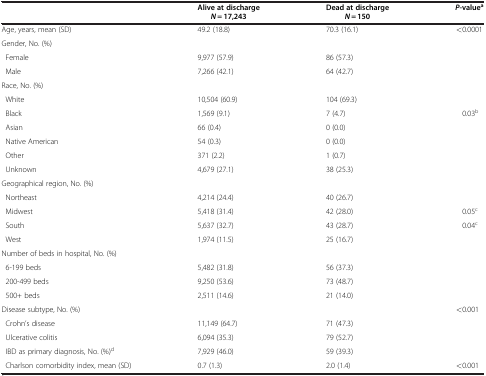
|  | Alive at discharge N  = 17,243 | Dead at discharge N  = 150 | P -valuea |
 | --- | --- | --- | --- |
 | Age, years, mean (SD) | 49.2 (18.8) | 70.3 (16.1) | <0.0001 |
 | <COLSPAN=4> Gender, No. (%) |
 | Female | 9,977 (57.9) | 86 (57.3) |  |
 | Male | 7,266 (42.1) | 64 (42.7) |  |
 | <COLSPAN=4> Race, No. (%) |
 | White | 10,504 (60.9) | 104 (69.3) |  |
 | Black | 1,569 (9.1) | 7 (4.7) | 0.03b |
 | Asian | 66 (0.4) | 0 (0.0) |  |
 | Native American | 54 (0.3) | 0 (0.0) |  |
 | Other | 371 (2.2) | 1 (0.7) |  |
 | Unknown | 4,679 (27.1) | 38 (25.3) |  |
 | <COLSPAN=4> Geographical region, No. (%) |
 | Northeast | 4,214 (24.4) | 40 (26.7) |  |
 | Midwest | 5,418 (31.4) | 42 (28.0) | 0.05c |
 | South | 5,637 (32.7) | 43 (28.7) | 0.04c |
 | West | 1,974 (11.5) | 25 (16.7) |  |
 | <COLSPAN=4> Number of beds in hospital, No. (%) |
 | 6-199 beds | 5,482 (31.8) | 56 (37.3) |  |
 | 200-499 beds | 9,250 (53.6) | 73 (48.7) |  |
 | 500+ beds | 2,511 (14.6) | 21 (14.0) |  |
 | Disease subtype, No. (%) |  |  | <0.001 |
 | Crohn’s disease | 11,149 (64.7) | 71 (47.3) |  |
 | Ulcerative colitis | 6,094 (35.3) | 79 (52.7) |  |
 | IBD as primary diagnosis, No. (%)d | 7,929 (46.0) | 59 (39.3) |  |
 | Charlson comorbidity index, mean (SD) | 0.7 (1.3) | 2.0 (1.4) | <0.001 |